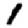
Digit: 1